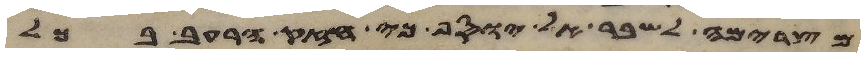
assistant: מצרימה לשבר אל יוסף כי חזק הרעב בכל